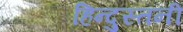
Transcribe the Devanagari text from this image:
हिन्दुस्तनी